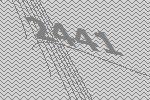
2441